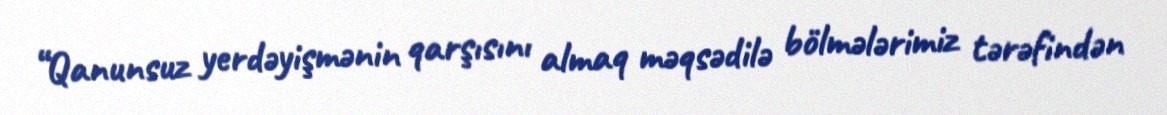
“Qanunsuz yerdəyişmənin qarşısını almaq məqsədilə bölmələrimiz tərəfindən